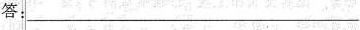
答：___